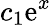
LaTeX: c_{1}\mathrm{e}^{x}